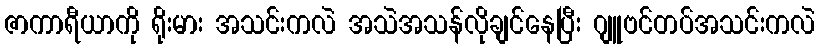
ဇာကာရီယာကို ရိုးမား အသင်းကလဲ အသဲအသန်လိုချင်နေပြီး ဂျူဗင်တပ်အသင်းကလဲ